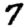
Digit: 7